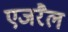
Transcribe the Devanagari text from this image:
एजरैल